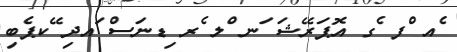
ެއ ްފ ެގ އޮޕަރޭޝަ ަނ ްލ ެރ ިޑނަސް ައދި ޭކޕެބި